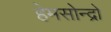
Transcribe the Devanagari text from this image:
हेमसोन्द्रो